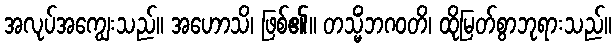
အလုပ်အကျွေးသည်။ အဟောသိ၊ ဖြစ်၏။ တသ္မိံဘဂဝတိ၊ ထိုမြတ်စွာဘုရားသည်။